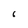
Character: 6